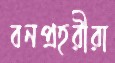
বনপ্রহরীরা